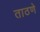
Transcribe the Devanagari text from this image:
ताठणे